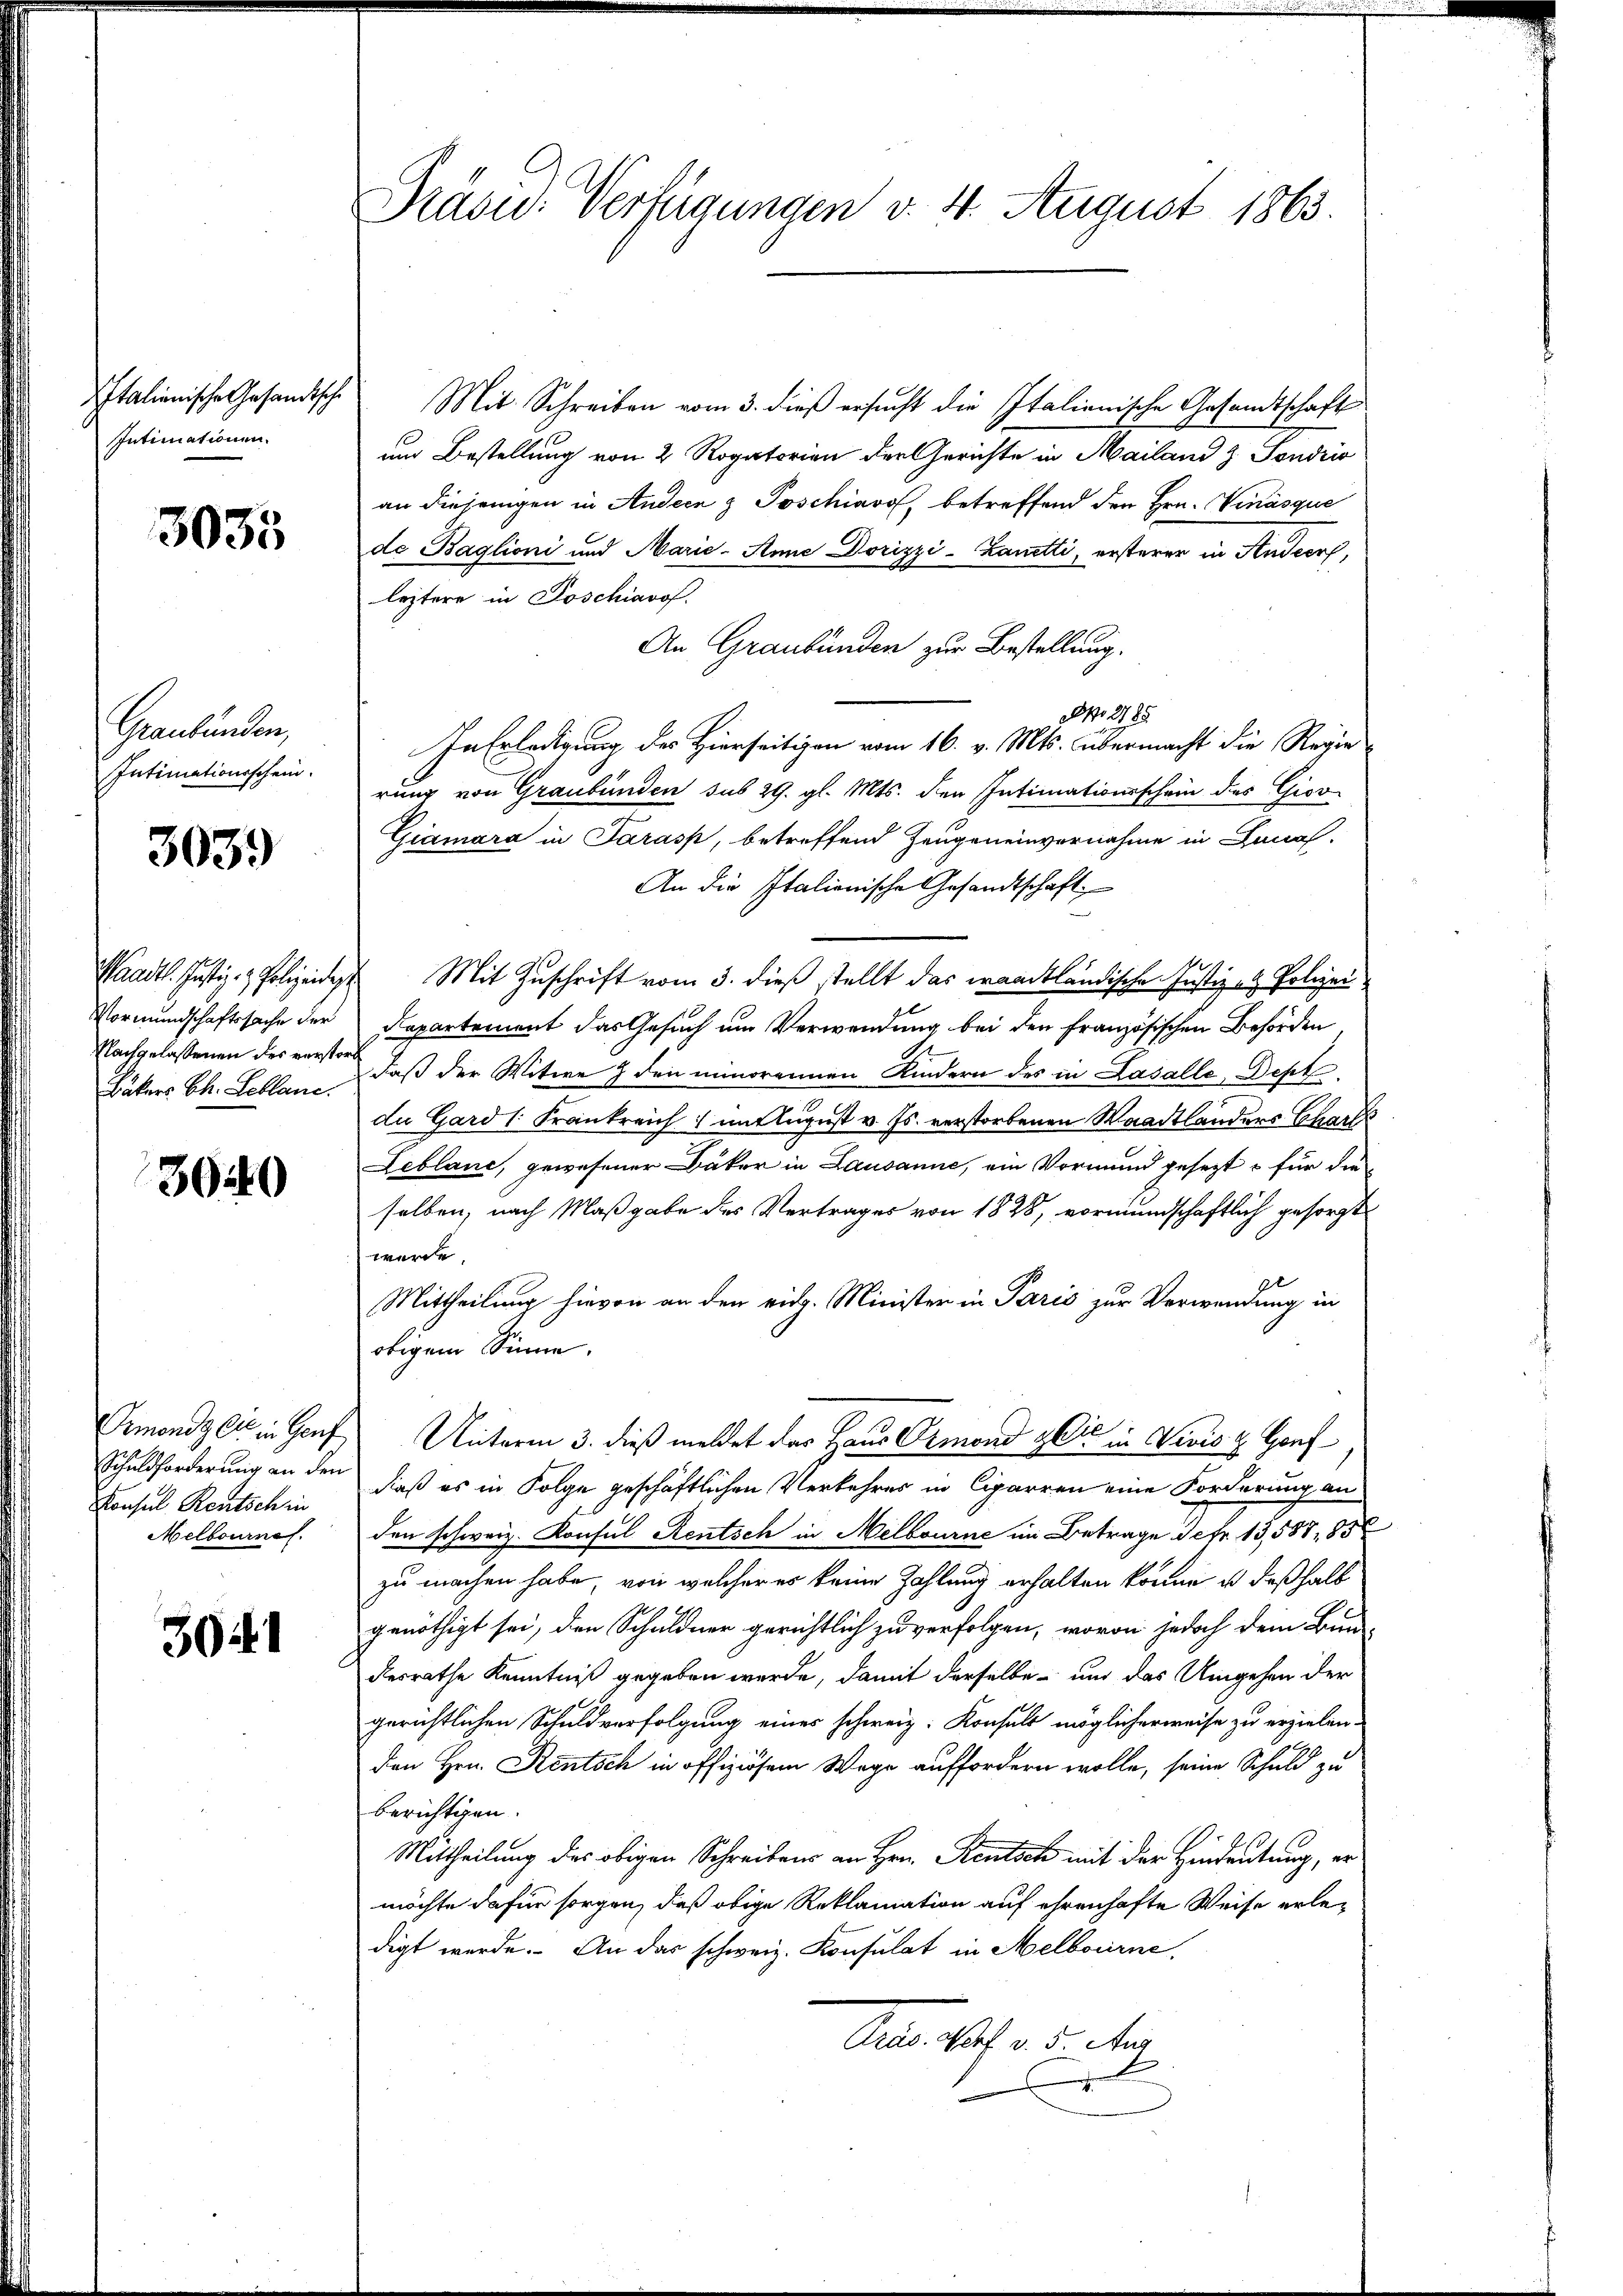
Italienische Gesandtsche
Intimationen.

3033

Graubünden,
Intimationsschein.

3039

Vormundschaftssache der
Bäkers Ch. Leblane.

3040

Ormonds bis in Genf
Schuldforderung an den
Konsul Rentsch in
Melbournal.

304.

Präsid. Verfügungen v. 4. August 1863.

Mit Schreiben vom 3. dieß ersucht die Italienische Gesandtschaft
ud Bestellung von 2 Rogatorien der Gerichte in Mailand z. Sondrio
an diejenigen in Andern z Poschiavo, betreffend den Hrn. Vinásque
de Baglioni und Marie-Anne Dorizzi-Zanetti, ersterer in Ander,
leztere in Poschiarof.
An Graubünden zur Bestellung.
No. 2185.
In Erledigung des Hierseitigen vom 16. v. Mts. übermacht die Regie
rung von Graubünden sub 29. gl. Mts. den Intimationsschein des Giov
Giamara in Sarass, betreffend Zeugeneinvernahme in Canal-
An die Italienische Gesandtschaft
Waadt. Justiz- & Polizeidigt Mit Zuschrift vom 3. dieß stellt das waadtländische Justiz- & Polizei
Departement das Gesuch um Verwendung bei den französischen Behörden
Nachgelassenen des verster daß der Witwe 7 den minorennen Kindern des in Lasalle Dept.
die Gard 1. Frankreich im August v. Js. verstorbenen Waadtlanders Charfs
Leblanc, gewesener Bäker in Lausanne, ein Vormund gesezt - für die
selben, nach Maßgabe des Vertrages von 1828, vormundschaftlich gesorgt
werde.
Mittheilung hievon an den eidg. Minister in Paris zur Verwendung in
obigem Sinne.
Unterm 3. dieß meldet das Haus Ormond zeit in Vivis & Genf
daß es in Folge geschäftlichen Verkehres in Cigarren eine Forderung an
den schweiz. Konsul Rentsch in Melbourne im Betrage defr. 13,588, 85
zu machen habe, von welcher es keine Zahlung erhalten könne, u deßhalb
genöthigt sei, den Schuldner gerichtlich zu verfolgen, wovon jedoch dem Bun-
desrathe Kenntniß gegeben werde, damit derselbe und das Umgehen der
gerichtlichen Schuldverfolgung einer schweiz. Konsuls möglicherweise zu erzielen.
den Hrn. Rentsch in offiziösem Wege auffordern wolle, seine Schuld zu
berichtigen.
Mittheilung des obigen Schreibens an Hrn. Steutsch mit der Hindeutung, er
möchte dafür sorgen, daß obige Reklamation auf ehrenhafte Weise erledigt werde. An das schweiz. Konsulat in Melbourne,
Aus. S. 5 te